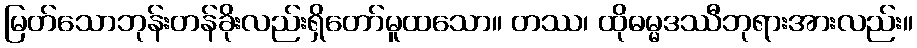
မြတ်သောဘုန်းတန်ခိုးလည်းရှိတော်မူထသော။ တဿ၊ ထိုဓမ္မဒဿီဘုရားအားလည်း။